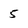
Character: 5